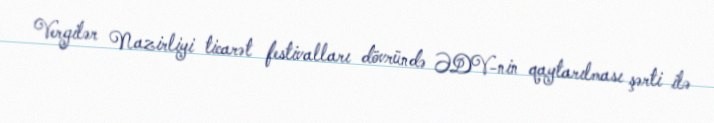
Vergilər Nazirliyi ticarət festivalları dövründə ƏDV-nin qaytarılması şərti ilə